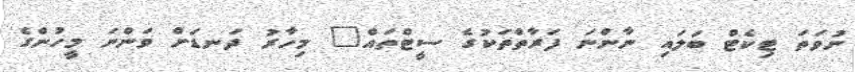
ނުވަތަ ޓިކެޓް ބަލައި ނާންނަ ފަރާތްތަކުގެ ސީޓްތައް" މިހާރު ދަނޑަށް ވަންނަ މީހުންގެ